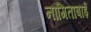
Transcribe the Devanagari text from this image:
नांगिताबाई